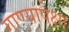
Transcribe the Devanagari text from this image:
गाण्यापेक्षा